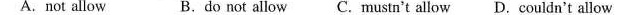
A.not allow B.do not allow C.mustn't allow D.couldn't allow